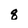
Character: q